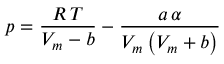
p = { \frac { R \, T } { V _ { m } - b } } - { \frac { a \, \alpha } { V _ { m } \left( V _ { m } + b \right) } }